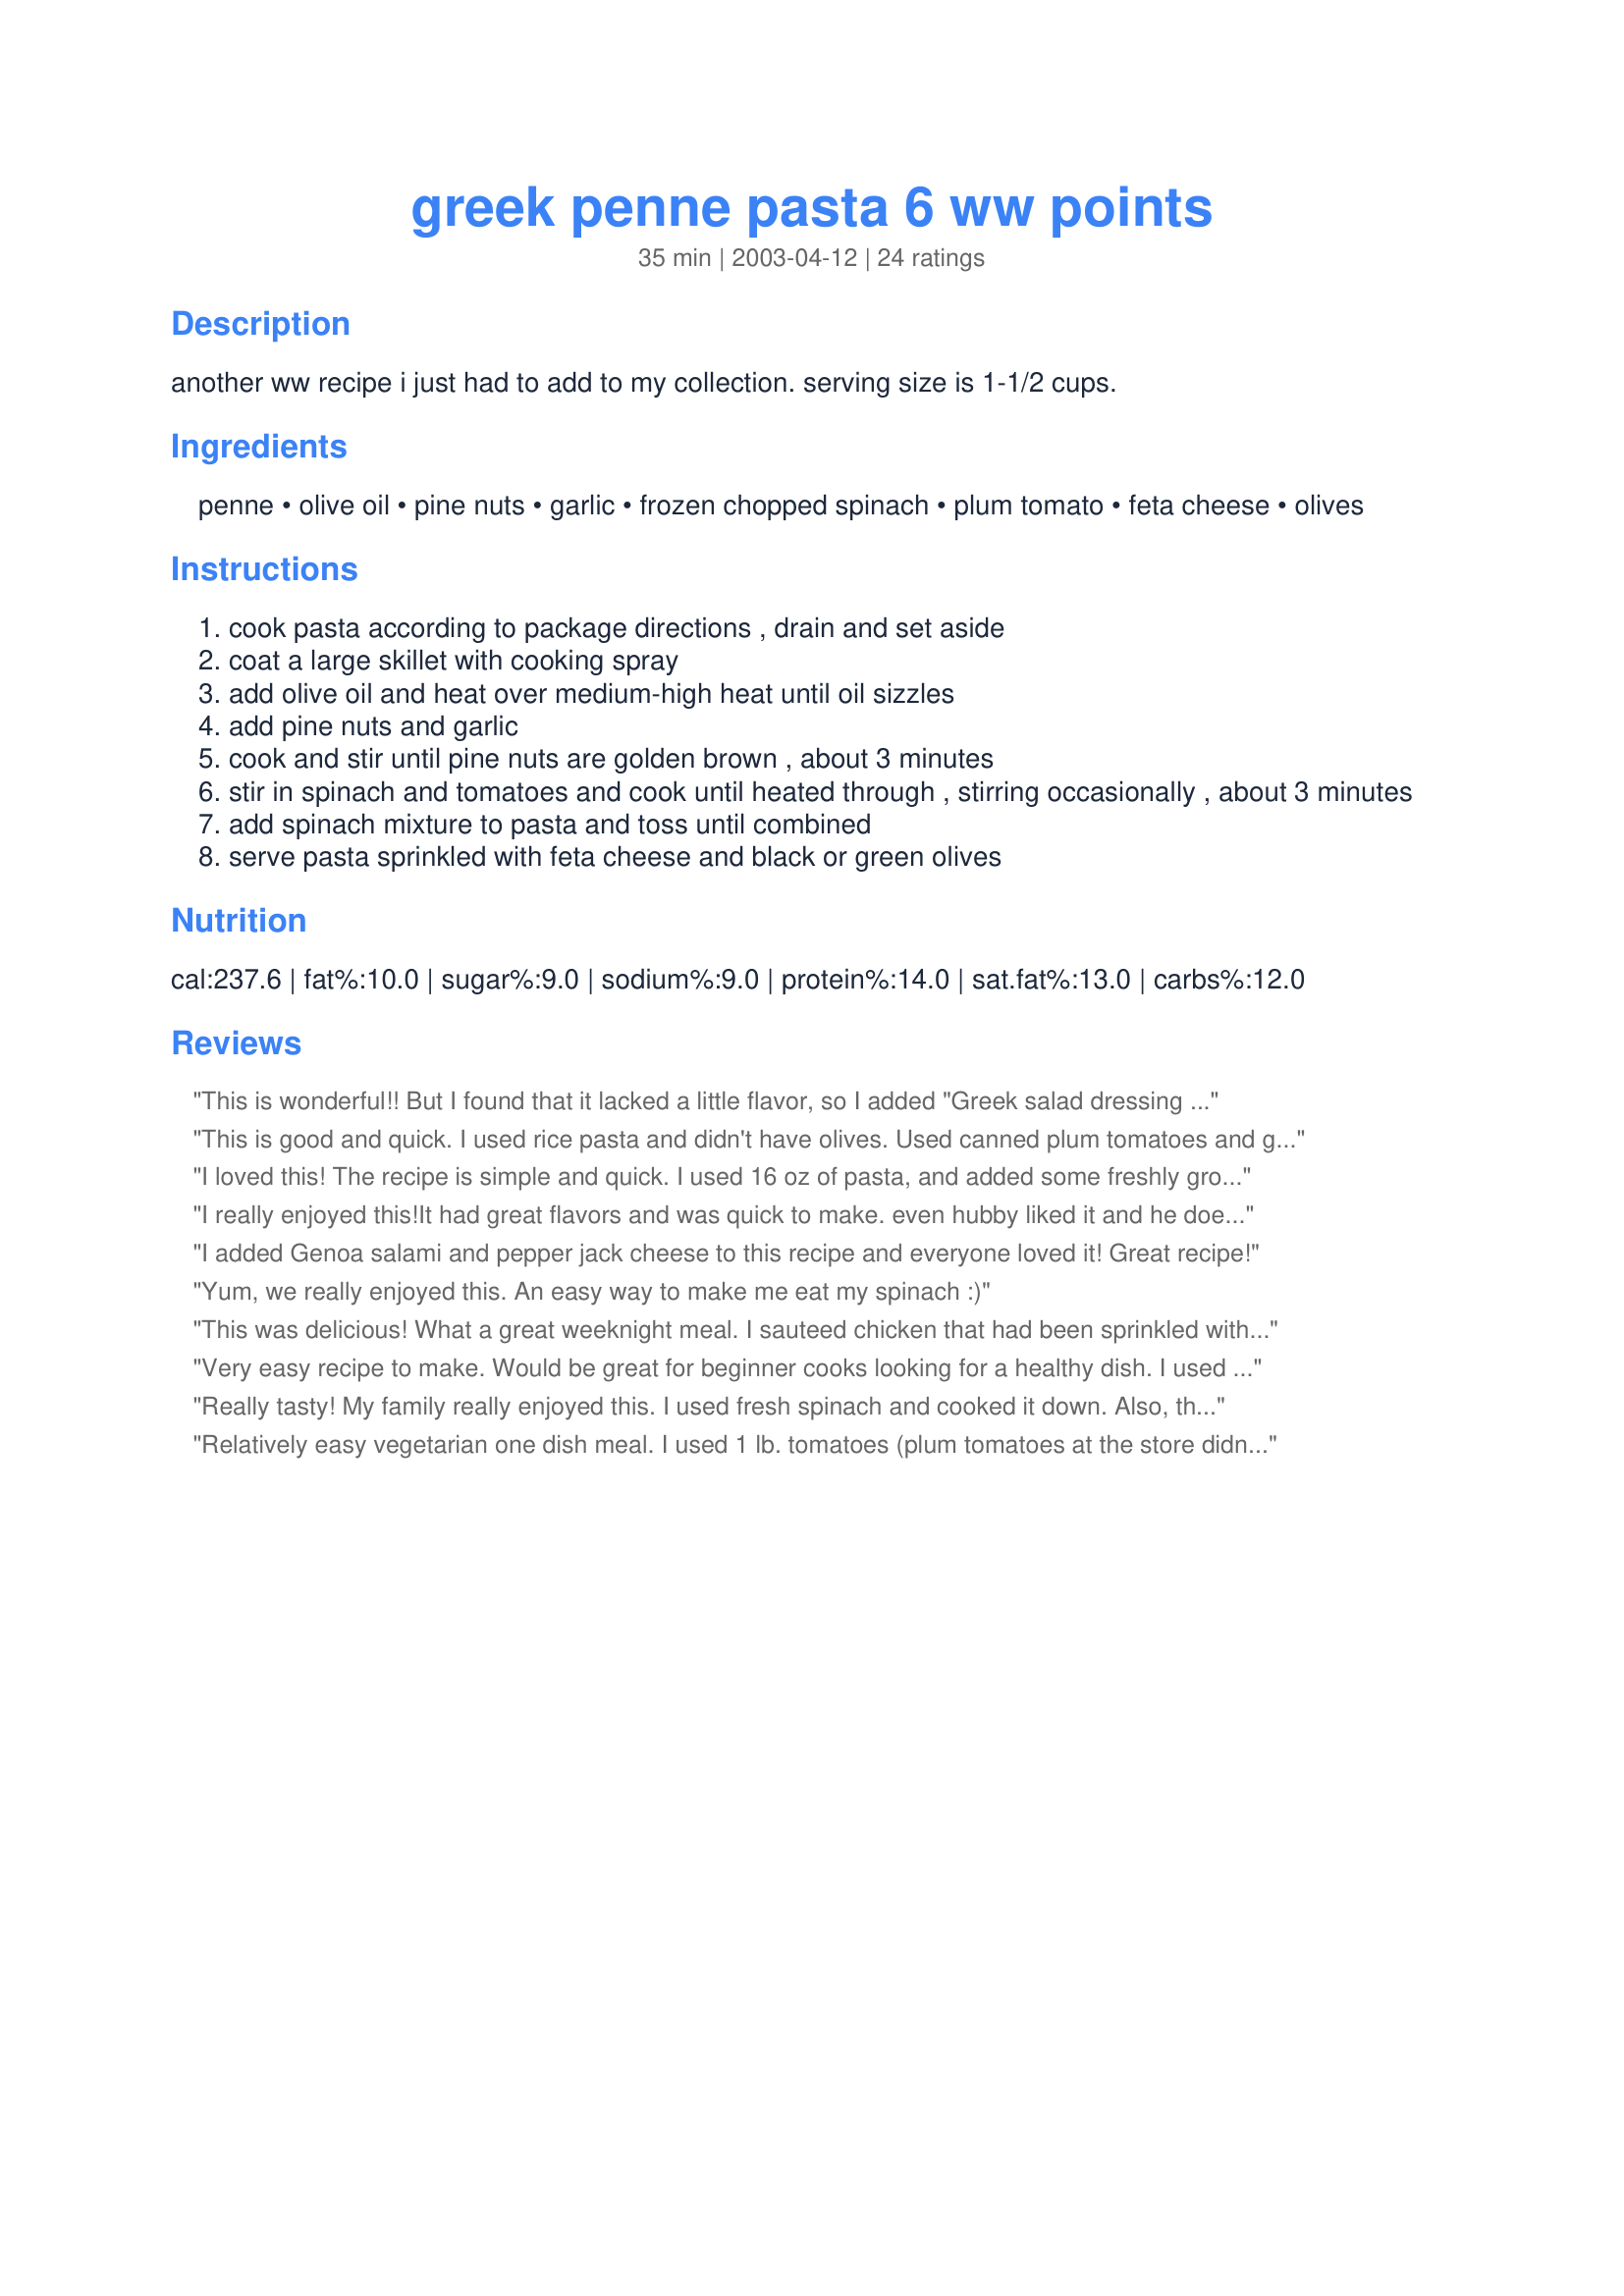
greek penne pasta 6 ww points
Preparation time: 35 minutes

another ww recipe i just had to add to my collection. serving size is 1-1/2 cups.

Ingredients:
penne, olive oil, pine nuts, garlic, frozen chopped spinach, plum tomato, feta cheese, olives

Steps:
cook pasta according to package directions , drain and set aside
coat a large skillet with cooking spray
add olive oil and heat over medium-high heat until oil sizzles
add pine nuts and garlic
cook and stir until pine nuts are golden brown , about 3 minutes
stir in spinach and tomatoes and cook until heated through , stirring occasionally , about 3 minutes
add spinach mixture to pasta and toss until combined
serve pasta sprinkled with feta cheese and black or green olives

Reviews:
This is wonderful!! But I found that it lacked a little flavor, so I added "Greek salad dressing recipe #566" (which i added about 1/2 packet of stevia to) and it turned out SO awsome!! YUM! It is great on its own, as a meal or served as a side dish with "spinach and feta stuffed chicken recipe #49414" THANKS!
This is good and quick. I used rice pasta and didn't have olives. Used canned plum tomatoes and goat feta.
I loved this! The recipe is simple and quick. I used 16 oz of pasta, and added some freshly ground sea salt. I also used Atheno's reduced fat feta. It came out excellent. I am a feta lover so I am frequently searching for healthy dishes that contain it. This one is one of the best I have tried. I also loved the texture and taste of the pine nuts. I felt they made the dish. I will make this often.
I really enjoyed this!It had great flavors and was quick to make. even hubby liked it and he doesnt care for pasta without the red sauce(he's weird!) I didn't have any pine nuts, but it was still great! I added mushrooms. will make again and I wont forget the pine nuts this time.:) thanks for sharing.
I added Genoa salami and pepper jack cheese to this recipe and everyone loved it! Great recipe!
Yum, we really enjoyed this. An easy way to make me eat my spinach :)
This was delicious! What a great weeknight meal. I sauteed chicken that had been sprinkled with Greek seasoning and cooked until no longer pink. I then added the pine nuts and garlic and followed the recipe from there. I ended up having unexpected company the night I made this and everyone loved it. I also had plenty for leftovers.
Whats not to like? It is quick, inexpensive, healthful and tastes great. This will be made often in my house. Thanks for posting.
Very easy recipe to make. Would be great for beginner cooks looking for a healthy dish. I used this as a side dish with some grilled chicken. I found it a little bland so I seasoned it with salt and fresh ground pepper, but it was still needing something to compliment the Greek taste. I added a teaspoon of dried oregano and about 4 leaves of fresh basil and that was the key. Perfect after that! I will definitely repeat this recipe, even for company with those changes. Thanks for posting!
Really tasty! My family really enjoyed this. I used fresh spinach and cooked it down. Also, the tomatoes didn't look that great at the store this week, so I only used 2 that I already had....and it was so good! Thanks for a great, ww friendly, recipe!
Relatively easy vegetarian one dish meal. I used 1 lb. tomatoes (plum tomatoes at the store didn't look very good, so I used regular) and reduced the pasta to 8 ounces (I prefer additional sauce). The toasted pine nuts put this over the top. Couldn't find reduced fat feta that day, so I used regular (less than recommended) and used cooked fresh spinach as per suggestion. This resulted in a very fresh-tasting meal.:) My BF and I ate just about the whole dish in one sitting. I didn't feel it needed any herbs, but oregano would go well with this.
This is such a quick and easy dish to make, packed with flavour. I also found this on the WW site. For extra flavour sprinkle with 1 tsp of fresh minched dill and 1 tbsp of fresh minced Italian Parsley just before serving. Delicious!
Excellent, easy recipe! I used goat cheese instead of feta and bowties instead of penne. Will definitely make this again!! Super Yummy!
OOOOHHHH this was soooo good the flavor was amazing, I did add a pinch of salt and pepper, and the feta cheese I used had the little pices of olives, peppers and spices. It really was a dish I would crave and eat even if I wasn't on WW! Thank you!!
Awesome! Delicious! Filling! Easy!
 Nice and easy dish. I subbed 1 rinsed and drained can of tomatoes for plum tomatoes. Now that tomatoes are in season I'll use fresh next time. Add greek seasoned chicken for a meal!
Very good! I added 1/2 lxb leftover sausage and sprinkled in some oregano. I actually served this cold, and plan to do it quite often during the hot summer months! Thanks!
A good low-fat, healthy recipe! I used 16 oz. of penne since that was the amount in a box. I used two cans of diced tomatoes instead of fresh. I used reduced fat feta cheese also. I estimated most of the amounts I added to the recipe, but it was close enough. I left out the olives. I added lemon juice and salt and felt it was a necessary addition.
Delicious, easy and quick to make! Great for a busy day meal. Thanks for sharing!
This was pretty good! I used some more garlic and 2 cans of chopped tomatoes. I also threw in a tbsp of italian seasoning too. Thanks for a great dinner!
Absolutely delicious! Very easy to put together. I had to use grape tomatoes (because of the tomato scare) and they worked perfectly. I thought I had pine nuts on hand, but didn't, so they were eliminated. Other than those changes I followed the recipe exactly. I added a bit of the pasta water because it seemed a bit dry for my taste....worked perfectly. We loved it. I stayed with the WW serving size (although I wanted more and probably used more cheese than I should have....love the stuff) but my DH had two big helpings. Will surely be making this again and again. Thanks for sharing.
Great recipe, however, I would use kale as it is higher in nutrients and lowest in oxalic acid. I love pasta salads!
We all loved this! It was good warm and cold. I served with chicken souvlaki and it was a great match. Admittedly, I used a bit more olive oil to add flavor which added some calories and fat, but this recipe is a definite keeper! Thanks for sharing.
Updated to add..I've made this many, many times now. It is a perfect meal because it's healthy and can be ready in 20 minutes. I always use fresh spinach and toss it in at the end, cover and let the steam wilt it. It tastes fresher and is healthier than frozen. Besides, I really hate trying to break apart frozen spinach to cook with it. By the time you squeeze all that excess water out, you have a big ol' clump that takes forever to incorporate with the rest of the ingredients. I just put in three or four big handfuls. I've also used a can of undrained tomatoes which doesn't have to nice texture fresh does, but makes it a little saucier and tastes just fine. Thanks again for this great recipe!
This is delicious! I make this all the time, I have made this for years exactly as is, or once in a while I add grilled chicken breast. What's funny is, I went on a search today for WW recipes since I recently joined and here this is! Good to know I can keep this delicious staple in my menu! Thanks for posting it as a WW meal with points.
My family enjoyed this so much that I am adding it to my monthly rotation of meals for us. Into my favorites it goes for safe keeping, till I decide to make it again. We loved the combination of flavors and it was really awesome!
